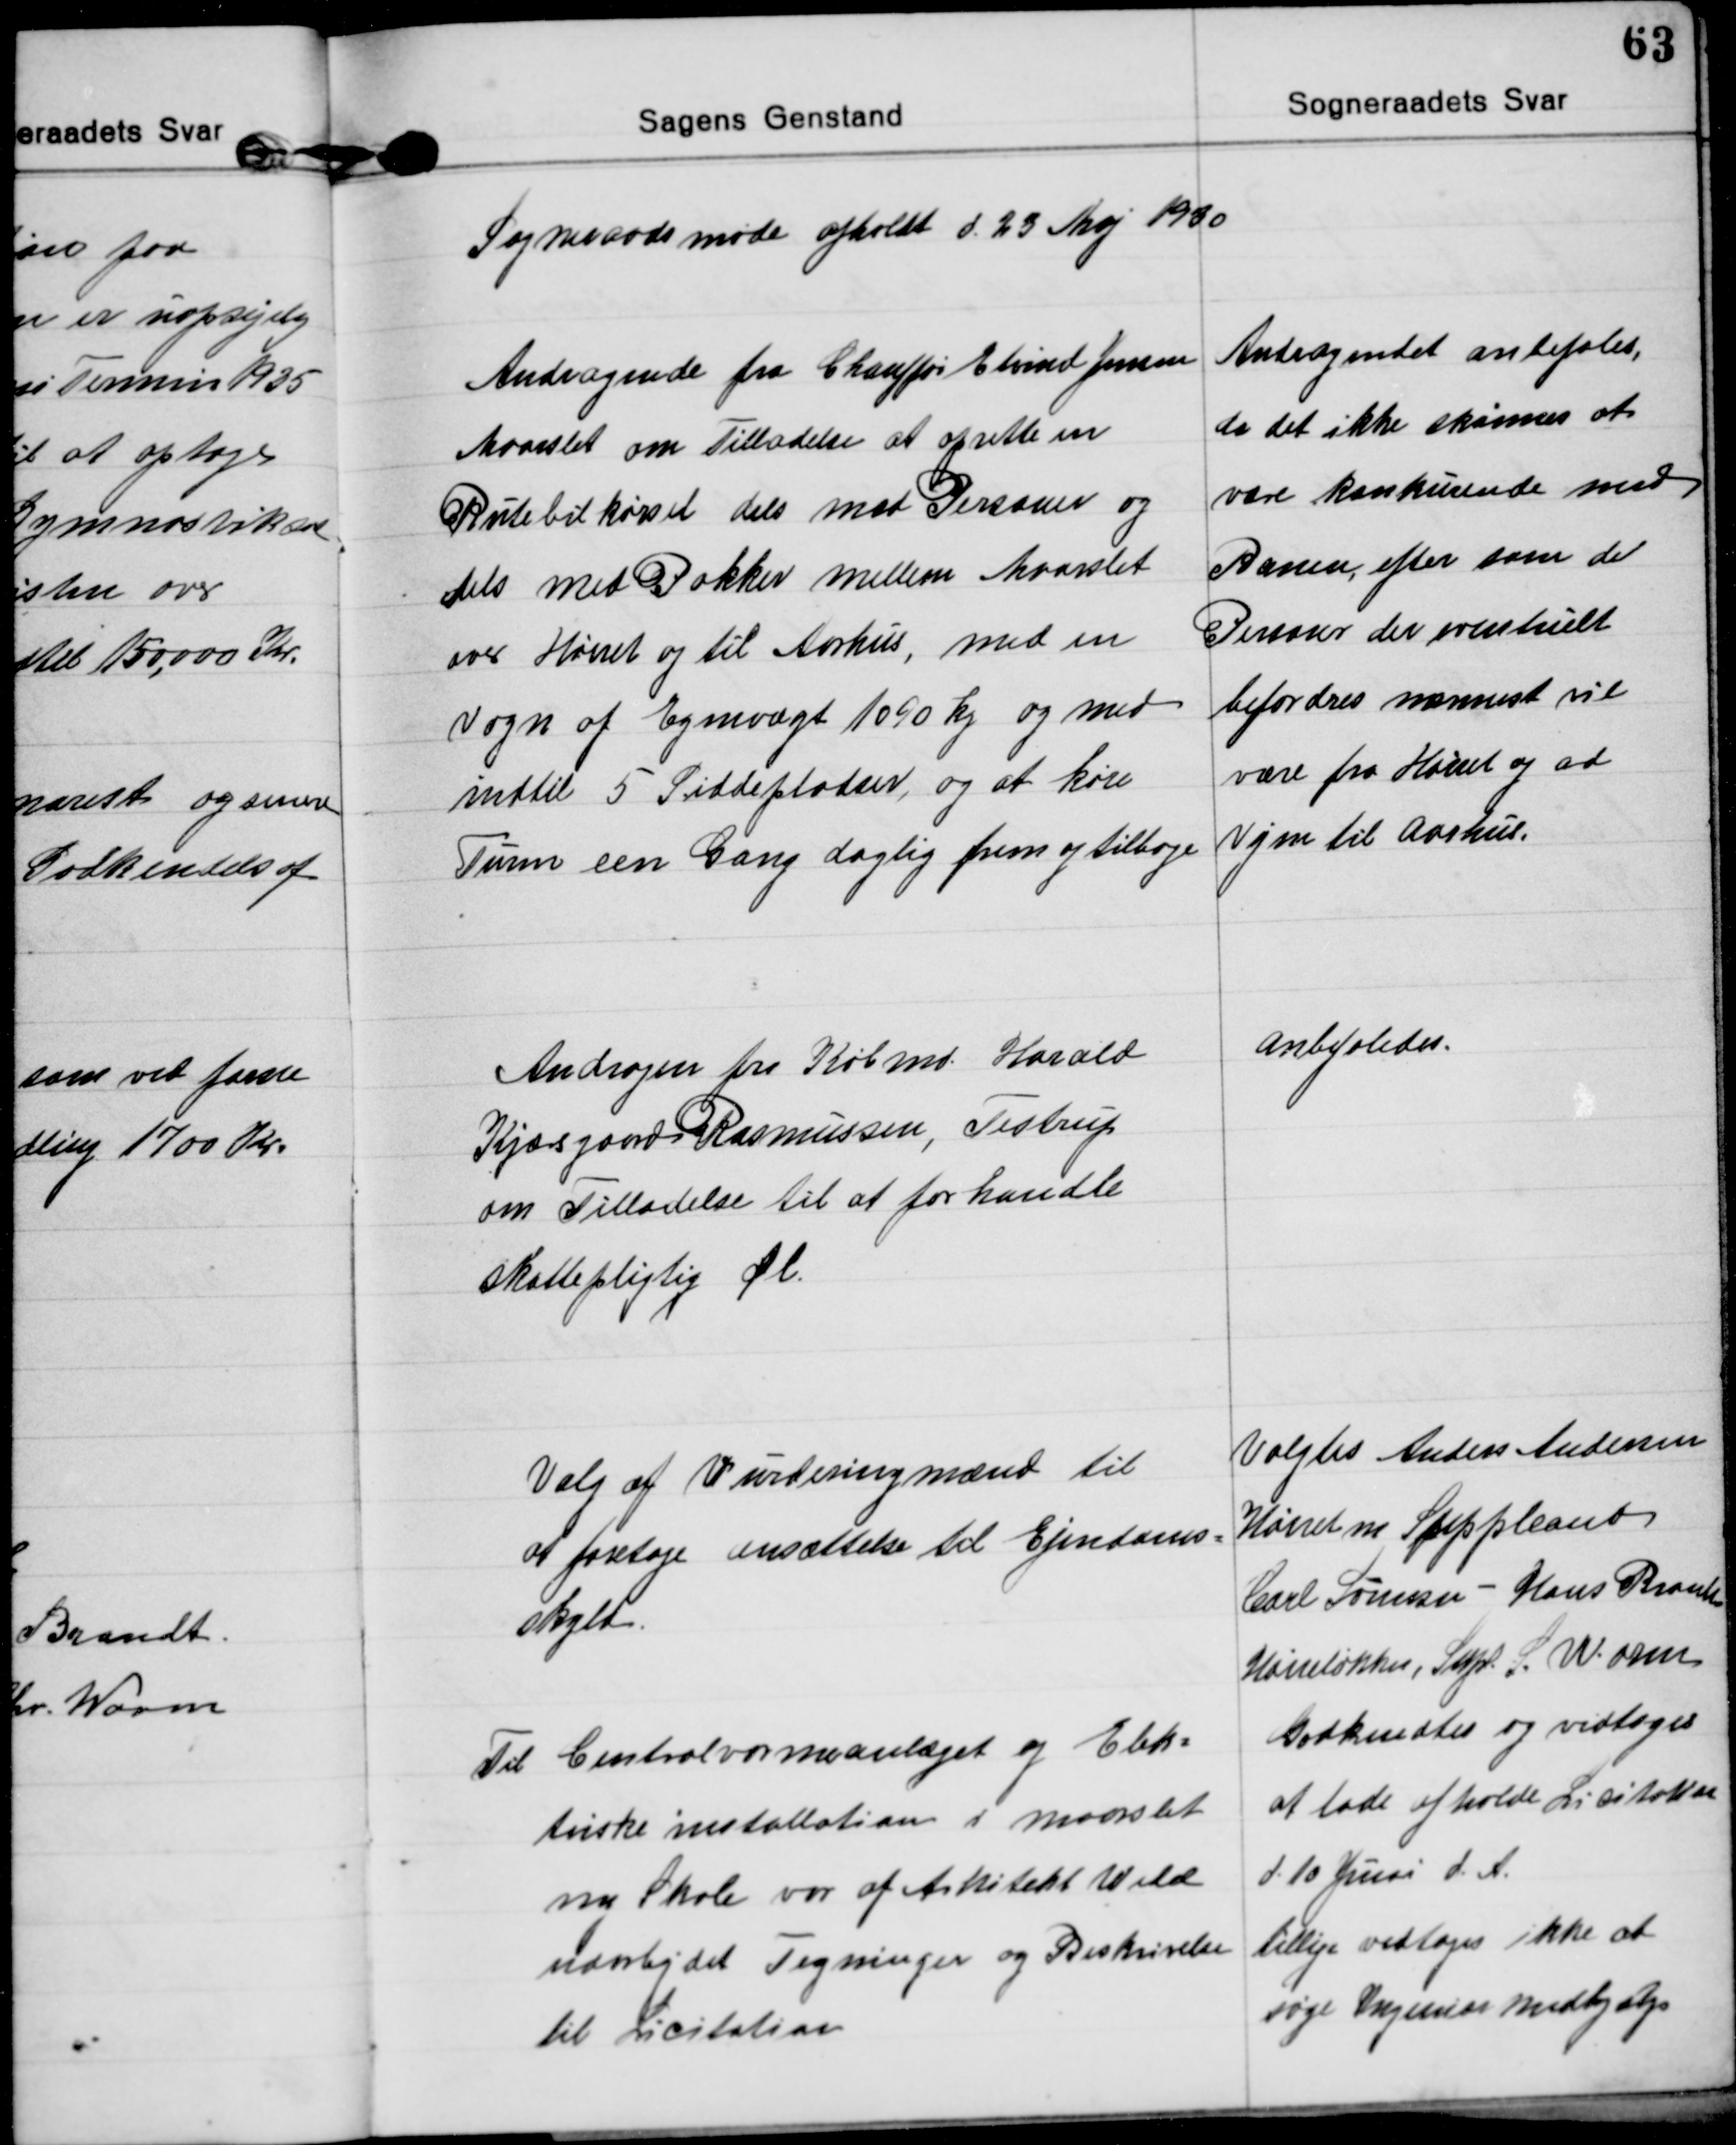
Transskription:
Sogneraadsmøde afholdt d. 23 Maj 1930

Andragende fra Chauffør Elvind Jensen
Maarslet om Tilladelse at oprette en
Rutebilkørsel dels med Personer og
dels med Pakker mellem Maarslet
over Hørret og til Aarhus, med en
Vogn af Egenvægt 1090 kg og med
indtil 5 Siddepladser, og at køre
Turen een Gang daglig frem og tilbage
Andragendet anbefales,
da det ikke skønnes at
være konkurende med
Banen, efter som de
Personer der eventuelt
befordres nærmest vil
være fra Hørret og ad
Vejen til Aarhus.

Andragen fra Købmd. Harald
Kjærsgaard Rasmussen, Testrup
om Tilladelse til at forhandle
skattepligtig Øl.
anbefaledes.

Valg af Vurderingmænd til
at foretage ansættelse til Ejendoms-
skyld.
Valgtes Anders Andersen
Hørret m Suppleant
Carl Sørensen - Hans Brandt
Hørretløkken, Supl. S. Worm

Til Centralvarmeanlæget og Elek=
triske installation i Maarslet
ny Skole var af Arkitekt Wedel
udarbejdet Tegninger og Beskrivelse
til Licitation
Godkendtes og vedtoges
at lade afholde Lisitation
d. 10 Juni d. A.
tillige vedtoges ikke at
søge Ingeniør Medhjælp